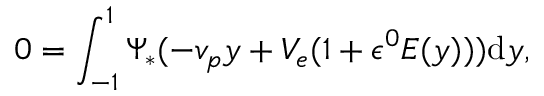
0 = \int _ { - 1 } ^ { 1 } \Psi _ { * } ( - v _ { p } y + V _ { e } ( 1 + \epsilon ^ { 0 } E ( y ) ) ) \mathrm { d } y ,